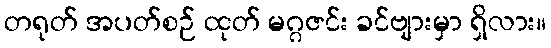
တရုတ် အပတ်စဉ် ထုတ် မဂ္ဂဇင်း ခင်ဗျားမှာ ရှိလား။